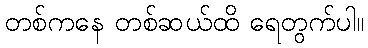
တစ်ကနေ တစ်ဆယ်ထိ ရေတွက်ပါ။